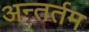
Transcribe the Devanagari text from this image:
अन्तर्तम